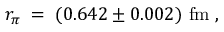
r _ { \pi } \; = \; ( 0 . 6 4 2 \pm 0 . 0 0 2 ) \ \mathrm { f m } \; ,